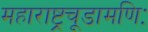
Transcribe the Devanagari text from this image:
महाराष्ट्रचूडामणिः